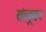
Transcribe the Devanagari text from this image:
संलूबर